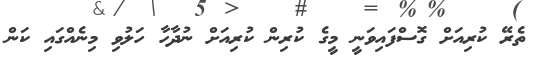
ތެރޭ ކުރިއަށް ގޮސްފައިވަނީ މީގެ ކުރިން ކުރިއަށް ނުދާހާ ހަލުވި މިނެއްގައި ކަން